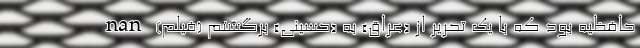
حافظیه بود که با یک تحریر از «عراق» به «حسینی» برگشتم (فیلم) nan